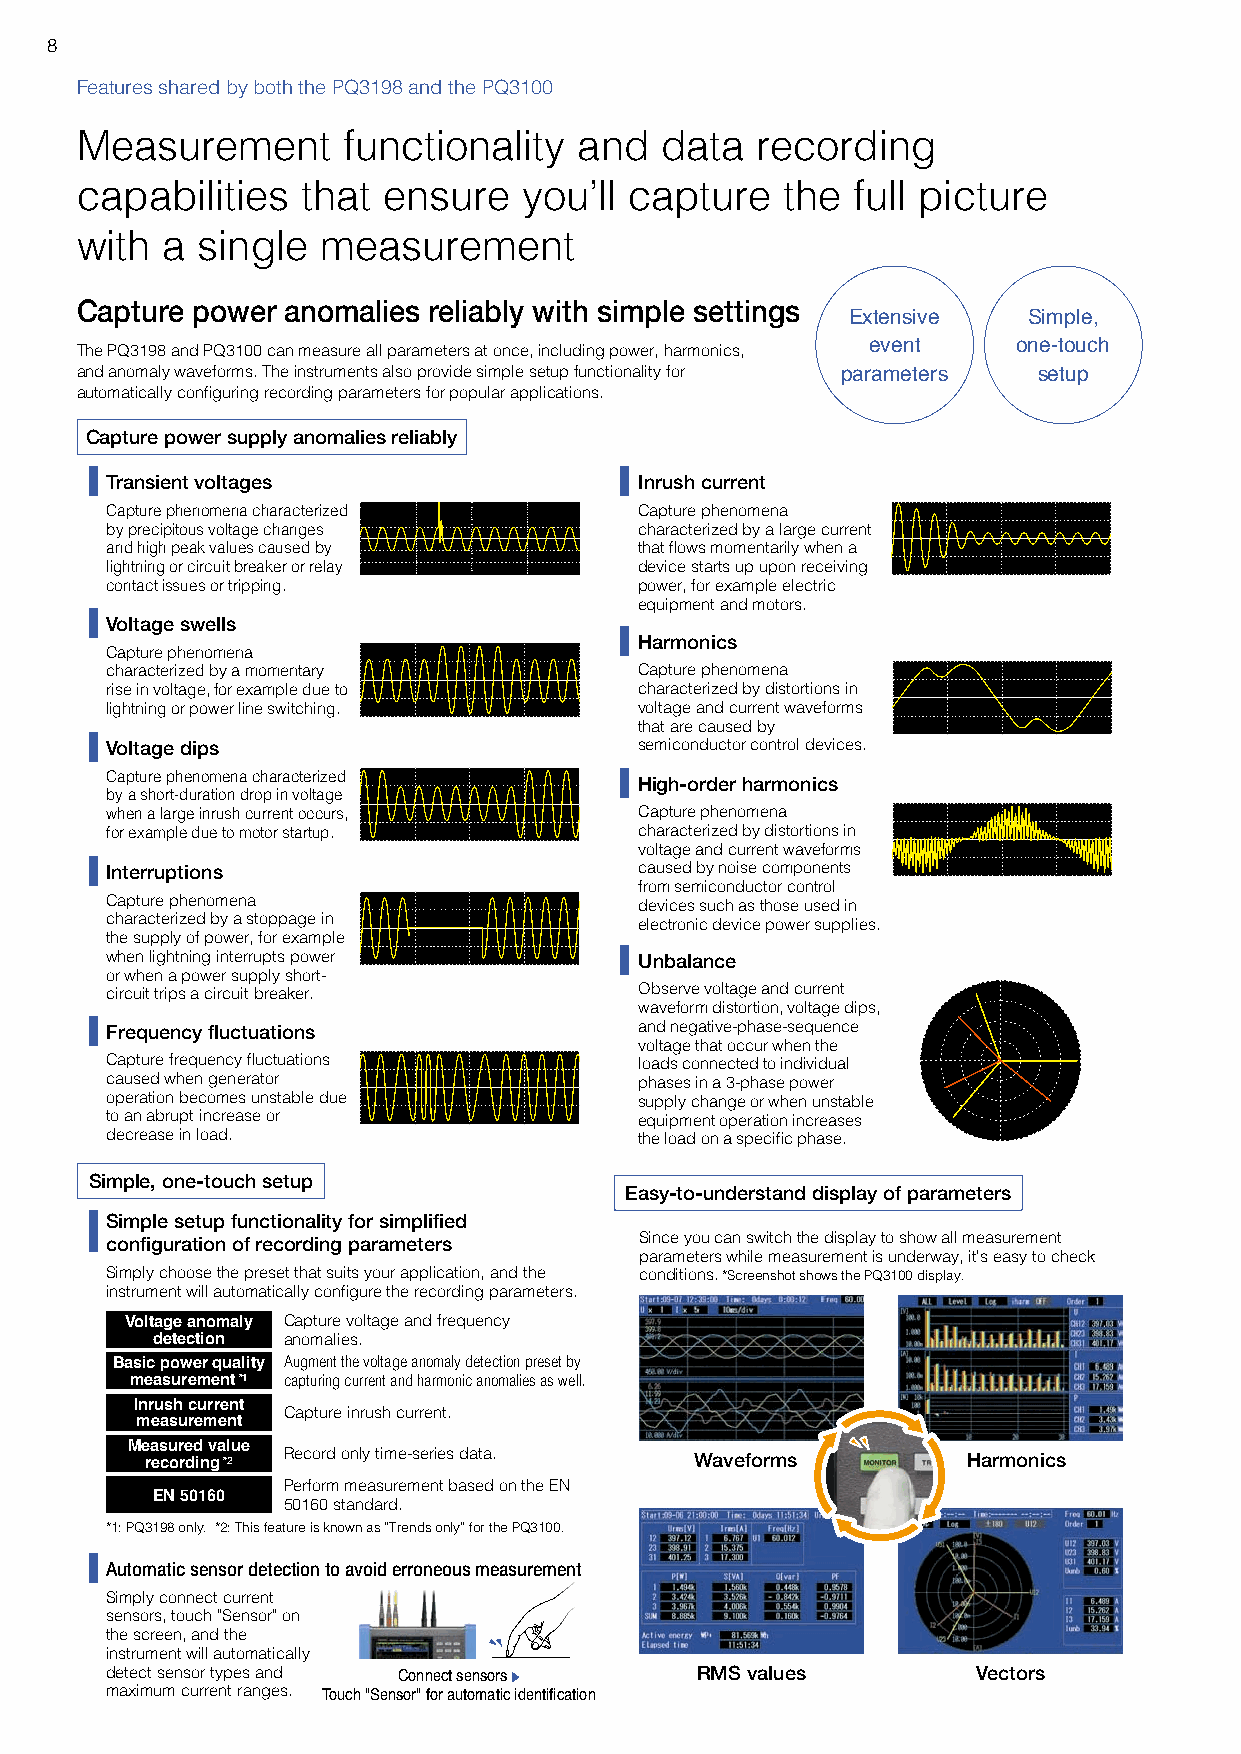
8
 Features shared by both the PQ3198 and the PQ3100
 Measurement       functionality  and   data  recording
 capabilities   that ensure    you’ll capture   the full picture
 with  a single  measurement
 Capture power anomalies reliably with simple settings
 Extensive   Simple,
 The PQ3198 and PQ3100 can measure all parameters at once, including power, harmonics, event one-touch
 and anomaly waveforms. The instruments also provide simple setup functionality for parameters setup
 automatically configuring recording parameters for popular applications.
 Capture power supply anomalies reliably
 Transient voltages                 Inrush current
 Capture phenomena characterized    Capture phenomena
 by precipitous voltage changes     characterized by a large current
 and high peak values caused by     that flows momentarily when a
 lightning or circuit breaker or relay device starts up upon receiving
 contact issues or tripping.        power, for example electric
 equipment and motors.
 Voltage swells
 Harmonics
 Capture phenomena
 characterized by a momentary       Capture phenomena
 rise in voltage, for example due to characterized by distortions in
 lightning or power line switching. voltage and current waveforms
 that are caused by
 Voltage dips                       semiconductor control devices.
 Capture phenomena characterized
 High-order harmonics
 by a short-duration drop in voltage
 when a large inrush current occurs, Capture phenomena
 for example due to motor startup.  characterized by distortions in
 voltage and current waveforms
 Interruptions                      caused by noise components
 from semiconductor control
 Capture phenomena                  devices such as those used in
 characterized by a stoppage in     electronic device power supplies.
 the supply of power, for example
 when lightning interrupts power    Unbalance
 or when a power supply short-
 circuit trips a circuit breaker.   Observe voltage and current
 waveform distortion, voltage dips,
 Frequency fluctuations             and negative-phase-sequence
 voltage that occur when the
 Capture frequency fluctuations     loads connected to individual
 caused when generator              phases in a 3-phase power
 operation becomes unstable due     supply change or when unstable
 to an abrupt increase or           equipment operation increases
 decrease in load.                  the load on a specific phase.
 Simple, one-touch setup
 Easy-to-understand display of parameters
 Simple setup functionality for simplified
 configuration of recording parameters Since you can switch the display to show all measurement
 parameters while measurement is underway, it’s easy to check
 Simply choose the preset that suits your application, and the conditions. *Screenshot shows the PQ3100 display.
 instrument will automatically configure the recording parameters.
 Voltage anomaly Capture voltage and frequency
 detection anomalies.
 Basic power quality Augment the voltage anomaly detection preset by
 measurement *1 capturing current and harmonic anomalies as well.
 Inrush current
 Capture inrush current.
 measurement
 Measured value
 recording *2 Record only time-series data. Waveforms  Harmonics
 Perform measurement based on the EN
 EN 50160
 50160 standard.
 *1: PQ3198 only. *2: This feature is known as “Trends only” for the PQ3100.
 Automatic sensor detection to avoid erroneous measurement
 Simply connect current
 sensors, touch "Sensor" on
 the screen, and the
 instrument will automatically
 detect sensor types and Connect sensors RMS values        Vectors
 maximum current ranges. Touch "Sensor" for automatic identification